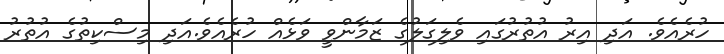
ހުރެއެވެ. އަދި އިރު އުތުރުގައި ވެލިގަލުގެ ޒަމާންވީ ވަޅެއް ހުރެއެވެ.އަދި މިސްކިތުގެ އުތުރު